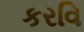
કરવિ